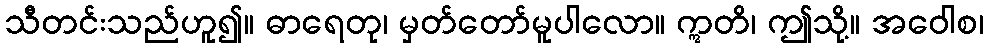
သီတင်းသည်ဟူ၍။ ဓာရေတု၊ မှတ်တော်မူပါလော။ ဣတိ၊ ဤသို့။ အဝေါစ၊